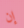
إن